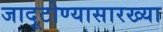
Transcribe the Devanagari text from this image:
जादूटोण्यासारख्या